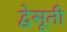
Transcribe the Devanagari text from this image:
द्वेसूती